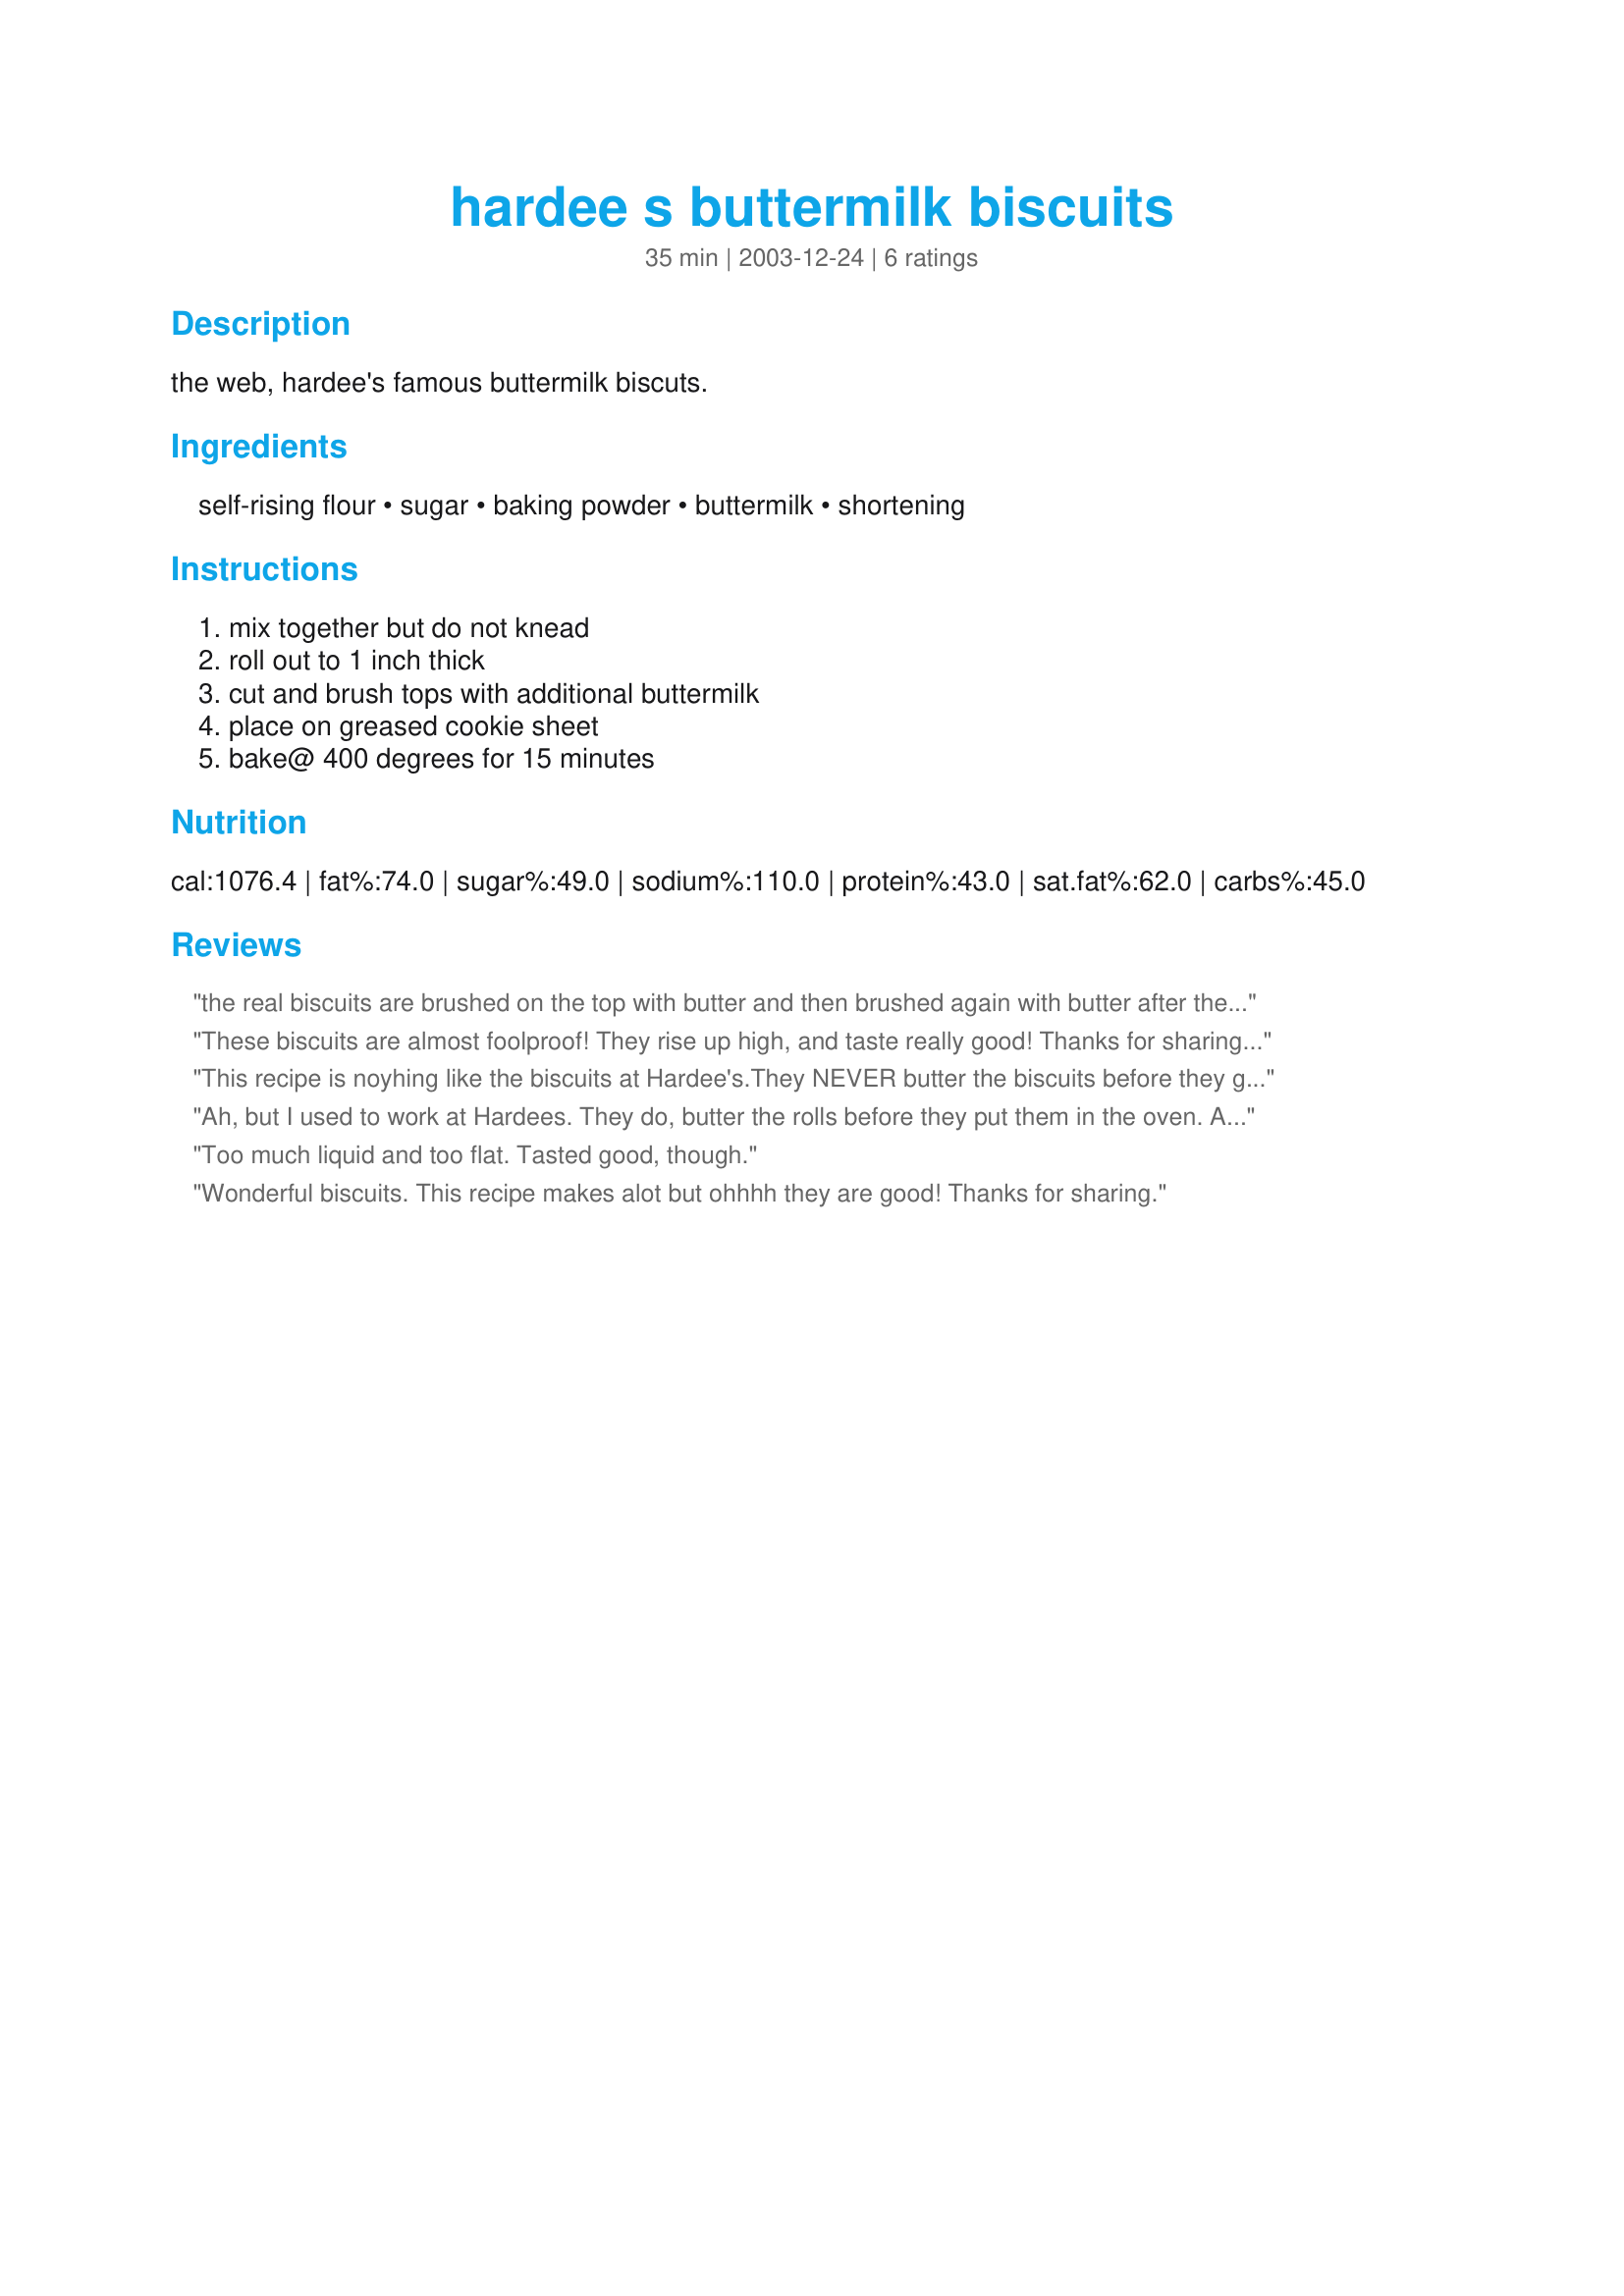
hardee s buttermilk biscuits
Preparation time: 35 minutes

the web, hardee's famous buttermilk biscuts.

Ingredients:
self-rising flour, sugar, baking powder, buttermilk, shortening

Steps:
mix together but do not knead, roll out to 1 inch thick, cut and brush tops with additional buttermilk, place on greased cookie sheet, bake@ 400 degrees for 15 minutes

Reviews:
the real biscuits are brushed on the top with butter and then brushed again with butter after they come out of the oven.
These biscuits are almost foolproof! They rise up high, and taste really good! Thanks for sharing! Katie
This recipe is noyhing like the biscuits at Hardee's.They NEVER butter the biscuits before they go into the oven.And your ratio of baking powder to buttermilk is off.
Dont waste your flour on this one.
Ah, but I used to work at Hardees. They do, butter the rolls before they put them in the oven. Actually the bottom of them. They used a mix of butter and margarine and brushed it onto the pan before putting in the oven. When the biscuits are first out of the oven they brush that same mixture on the top of the biscuits.
Too much liquid and too flat. Tasted good, though.
Wonderful biscuits. This recipe makes alot but ohhhh they are good! Thanks for sharing.
